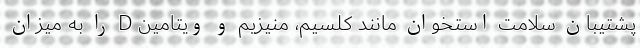
پشتیبان سلامت استخوان مانند کلسیم، منیزیم و ویتامین D را به میزان